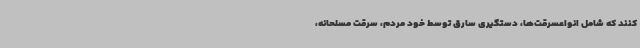
کنند که شامل انواعسرقت‌ها، دستگیری سارق توسط خود مردم، سرقت مسلحانه،